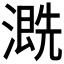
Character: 𱨣